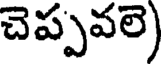
చెప్పవలె)